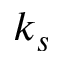
k _ { s }